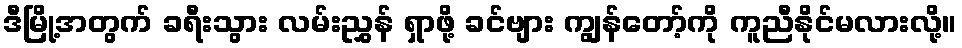
ဒီမြို့အတွက် ခရီးသွား လမ်းညွှန် ရှာဖို့ ခင်ဗျား ကျွန်တော့်ကို ကူညီနိုင်မလားလို့။